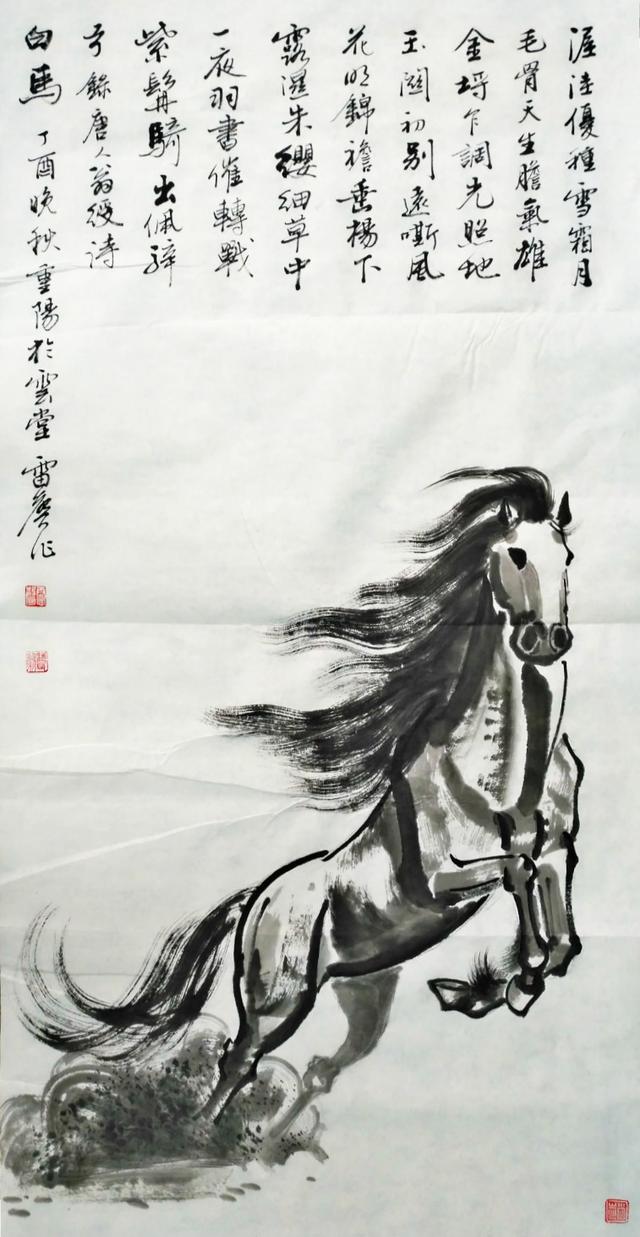
四十三年，望中犹记，烽火扬州路。